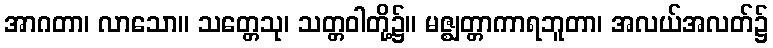
အာဂတာ၊ လာသော။ သတ္တေသု၊ သတ္တဝါတို့၌။ မဇ္ဈတ္တာကာရဘူတာ၊ အလယ်အလတ်၌